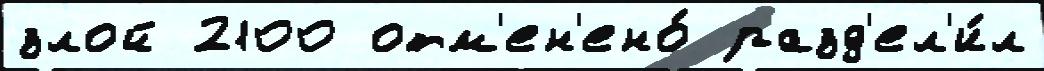
злой 2100 отм'ен'ено́ разд'ел'и́л